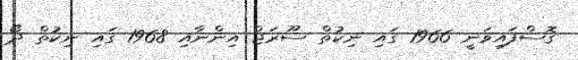
ގޮސްފައިވަނީ 1966 ގައި ނިކުތް ސޫރަޖް އިންނާއި 1968 ގައި ނިކުތް ދޯ